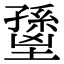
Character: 𡒐